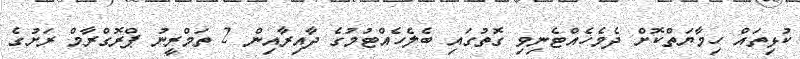
ކުޅިތައް ހިމާޔަތްކޮށް ދެމެހެއްޓެނިވި ގޮތުގައި ބެލެހެއްޓުމުގެ ދާއިރާއިން 2 ތަމްރީނު ޕްރޮގްރާމް ރަށުގެ